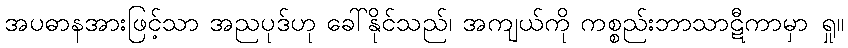
အပဓာနအားဖြင့်သာ အညပုဒ်ဟု ခေါ်နိုင်သည်၊ အကျယ်ကို ကစ္စည်းဘာသာဋီကာမှာ ရှု။